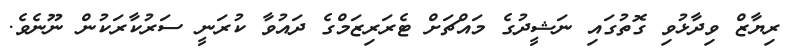
ރިޔާޒް ވިދާޅުވި ގޮތުގައި ނަޝީދުގެ މައްޗަށް ޓެރަރިޒަމްގެ ދައުވާ ކުރަނީ ސަރުކާރަކުން ނޫނެވެ.